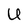
Character: U